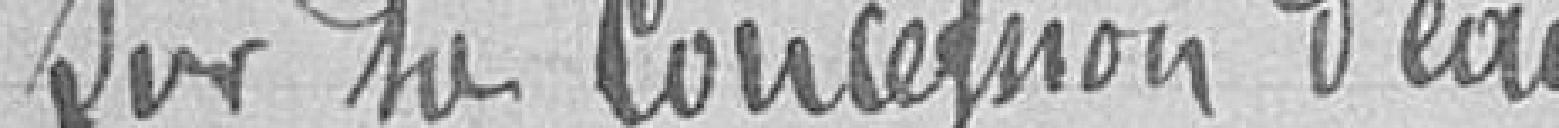
sur sa concession d'eau